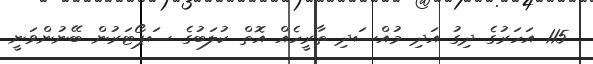
115 އަހަރުގެ ދިގު އަދި މުއްސަދި ތާރީހެއް އޮތް ކުލަބުގެ ސަޕޯޓަރުން ބޭނުންވަނީ